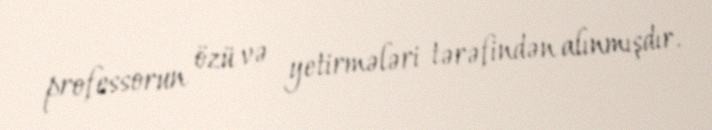
professorun özü və yetirmələri tərəfindən alınmışdır.